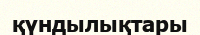
қүндылықтары